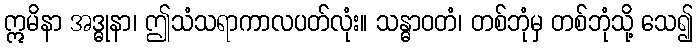
ဣမိနာ အဒ္ဓုနာ၊ ဤသံသရာကာလပတ်လုံး။ သန္ဓာဝတံ၊ တစ်ဘုံမှ တစ်ဘုံသို့ သေ၍